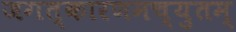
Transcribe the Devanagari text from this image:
जगत्कारणमच्युतम्